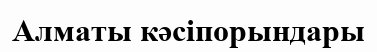
Алматы кәсіпорындары